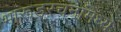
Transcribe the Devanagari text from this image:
भारूडरचनांमध्ये